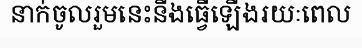
នាក់ចូលរួមនេះនឹងធ្វើឡើងរយៈពេល